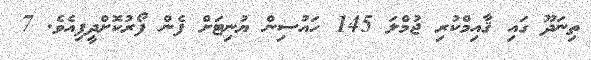
ތިނަދޫ ގައި ޤާއިމްކުރި ޖުމްލަ 145 ހައުސިން ޔުނިޓަށް ފެން ފޯރުކޮށްދީފިއެވެ. 7